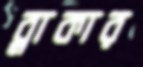
ব্লাকার